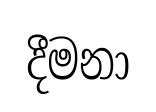
දීමනා